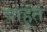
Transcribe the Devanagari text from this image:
बाहूंत